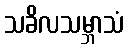
သခိလသမ္ဘာသံ